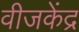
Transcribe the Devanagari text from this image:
वीजकेंद्र